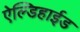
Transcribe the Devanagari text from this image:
ऐल्डिहाईड